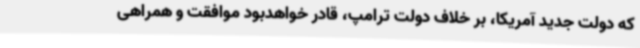
که دولت جدید آمریکا، بر خلاف دولت ترامپ، قادر خواهدبود موافقت و همراهی